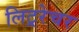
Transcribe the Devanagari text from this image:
लिट्ररेचर